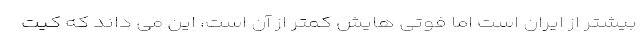
بیشتر از ایران است اما فوتی هایش کمتر از آن است، این می داند که کیت